Medical and sanitary report of the native army of Bengal for the year
Year: 1874
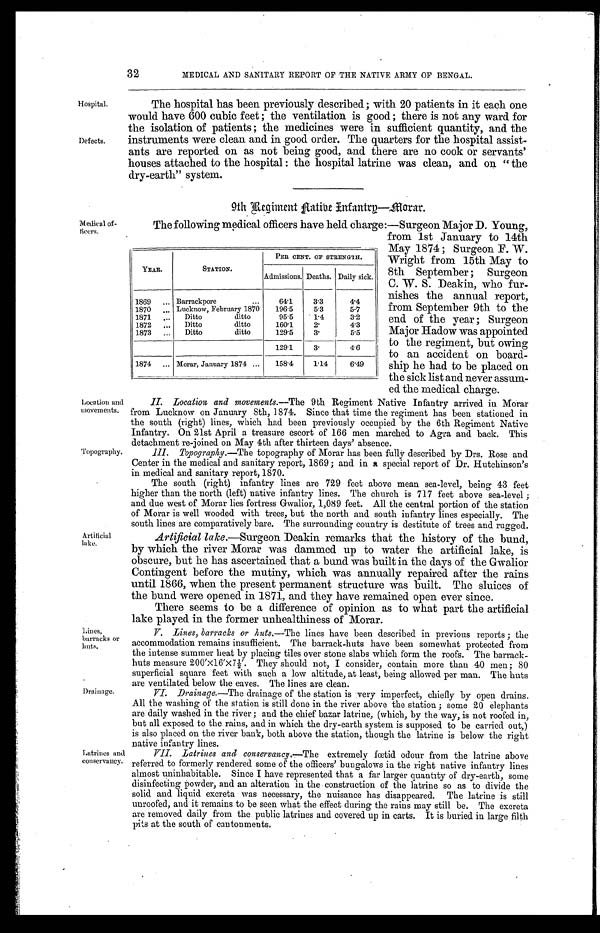
32
MEDICAL AND SANITARY REPORT OF THE NATIVE ARMY OF BENGAL.
Hospital.
Defects.
The hospital has been previously described; with 20 patients in it each one
would have 600 cubic feet; the ventilation is good; there is not any ward for
the isolation of patients; the medicines were in sufficient quantity, and the
instruments were clean and in good order. The quarters for the hospital assist
-
ants are reported on as not being good, and there are no cook or servants'
houses attached to the hospital: the hospital latrine was clean, and on " the
dry-earth" system.
9th Regiment Native Infantry—Morar.
Medical of
-
ficers.
Location
and
movements.
Topography.
Artificial
lake.
Lines,
barracks or
huts.
Drainage.
Latrines and
conservancy.
The following medical officers have held charge:—Surgeon Major D. Young,
from 1st January to 14th
May 1874; Surgeon F. W.
Wright from 15th May to
8th September; Surgeon
C. W. S. Deakin, who fur
-
nishes the annual report,
from September 9th to the
end of the year; Surgeon
Major Hadow was appointed
to the regiment, but owing
to an accident on board-
ship he had to be placed on
the sick list and never assum
-
ed the m
e d i c a l c h a r g e .
II. Location and movements.— The 9th Regiment Native Infantry arrived in Morar
from Lucknow on January 8th, 1874. Since that time the regiment has been stationed in
the south (right) lines, which had been previously occupied by the 6th Regiment Native
Infantry. On 21st April a treasure escort of 166 men marched to Agra and back. This
detachment re-joined on May 4th after thirteen days' absence.
III. Topography.—The topography of Morar has been fully described by Drs. Rose and
Center in the medical and sanitary report, 1869; and in a special report of Dr. Hutchinson's
in medical and sanitary report,1870.
The south (right) infantry lines are 729 feet above mean sea-level, being 43 feet
higher than the north (left) native infantry lines. The church is 717 feet above sea-level;
and due west of Morar lies fortress Gwalior, 1,089 feet. All the central portion of the station
of Morar is well wooded with trees, but the north and south infantry lines especially. The
south lines are comparatively bare. The surrounding country is destitute of trees and rugged.
Artificial lake.—Surgeon Deakin remarks that the history of the bund,
by which the river Morar was dammed up to water the artificial lake, is
obscure, but he has ascertained that a bund was built in the days of the Gwalior
Contingent before the mutiny, which was annually repaired after the rains
until 1866, when the present permanent structure was built. The sluices of
the bund were opened in 1871, and they have remained open ever since.
There seems to be a difference of opinion as to what part the artificial
lake played in the former unhealthiness of Morar.
V. Lines, barracks or huts .—The lines have been described in previous reports; the
accommodation remains insufficient. The barrack-huts have been somewhat protected from
the intense summer heat by placing tiles over stone slabs which form the roofs. The barrack-
huts measure 200 '× 16 '× 7½' . They should not, I consider, contain more than 40 men; 80
superficial square feet with such a low altitude, at least, being allowed per man. The huts
are ventilated below the eaves. The lines are clean.
VI. Drainage.— The drainage of the station is very imperfect, chiefly by open drains.
All the washing of the station is still done in the river above the station; some 20 elephants
are daily washed in the river; and the chief bazar latrine, (which, by the way, is not roofed in,
but all exposed to the rains, and in which the dry-earth system is supposed to be carried out,)
is also placed on the river bank, both above the station, though the latrine is below the right
native infantry lines.
VII. Latrines and conservancy.— The
extremely fœtid odour from the latrine above
referred to formerly rendered some of the officers' bungalows in the right native infantry lines
almost uninhabitable. Since I have represented that a far larger quantity of dry-earth, some
disinfecting powder, and an alteration in the construction of the latrine so as to divide the
solid and liquid excreta was necessary, the nuisance has disappeared. The latrine is still
unroofed, and it remains to be seen what the effect during the rains may still be. The excreta
are removed daily from the public latrines and covered up in carts. It is buried in large filth
pits at the south of cantonments.
YEAR.
STATION.
PER CENT. OF STRENGTH.
Admissions. Deaths. Daily sick.
1869 . . . Barrackpore . . .
64.1
3.3
4.4
1 8 7 0 . . .
Lucknow, February 1870
196.5
5.3
5.7
1871 . . .
Ditto ditto
95.5
1.4
3.2
1872 . . .
Ditto ditto
160.1
2.
4.3
1873 . . .
Ditto ditto
129.5
3 .
5.5
129.1
3.
4.6
1874 . . . Morar, January 1874 . . .
158.4
1 . 1 4
6.49